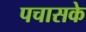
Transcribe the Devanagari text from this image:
पचासके